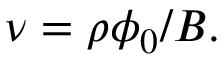
\nu = \rho \phi _ { 0 } / B .